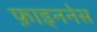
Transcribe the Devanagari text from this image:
फ़ाइननेस